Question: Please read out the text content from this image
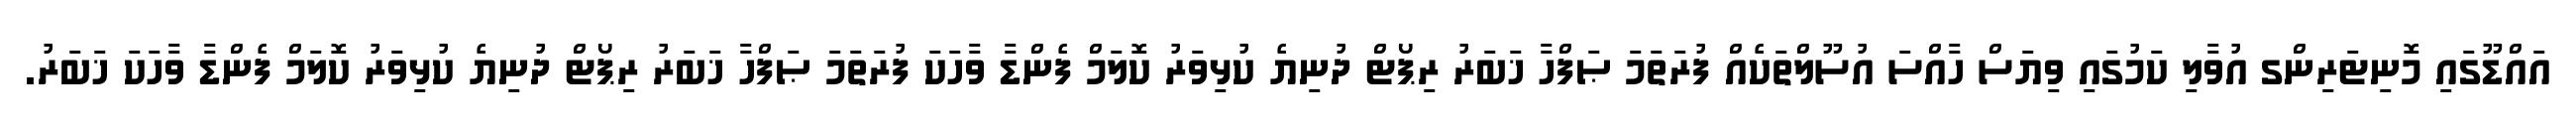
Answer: އައްޑޫގައި މޮނިޓަރިންގ އުވާލި ކަމުގައި ވިޔަސް ހާއްސަ އުސޫލްތަކެއް ފުރަތަމަ ޞަފްހާ ޚަބަރު ރިޕޯޓް ދުނިޔެ ކުޅިވަރު ކޮލަމް ފެންޑާ ވާހަކަ ފުރަތަމަ ޞަފްހާ ޚަބަރު ރިޕޯޓް ދުނިޔެ ކުޅިވަރު ކޮލަމް ފެންޑާ ވާހަކަ ޚަބަރު.